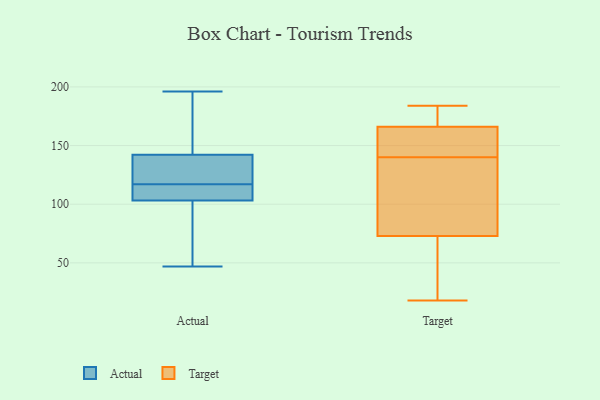
{"axis": {"x": "Latency (ms)", "y": "Value"}, "legend": ["Actual", "Target"], "data": [{"x": "", "y": 47, "type": "Actual"}, {"x": "", "y": 102, "type": "Actual"}, {"x": "", "y": 133, "type": "Actual"}, {"x": "", "y": 120, "type": "Actual"}, {"x": "", "y": 111, "type": "Actual"}, {"x": "", "y": 104, "type": "Actual"}, {"x": "", "y": 143, "type": "Actual"}, {"x": "", "y": 115, "type": "Actual"}, {"x": "", "y": 196, "type": "Actual"}, {"x": "", "y": 185, "type": "Actual"}, {"x": "", "y": 121, "type": "Actual"}, {"x": "", "y": 80, "type": "Actual"}, {"x": "", "y": 117, "type": "Actual"}, {"x": "", "y": 154, "type": "Actual"}, {"x": "", "y": 140, "type": "Actual"}, {"x": "", "y": 71, "type": "Actual"}, {"x": "", "y": 107, "type": "Actual"}, {"x": "", "y": 103, "type": "Actual"}, {"x": "", "y": 174, "type": "Actual"}, {"x": "", "y": 135, "type": "Target"}, {"x": "", "y": 147, "type": "Target"}, {"x": "", "y": 184, "type": "Target"}, {"x": "", "y": 145, "type": "Target"}, {"x": "", "y": 166, "type": "Target"}, {"x": "", "y": 18, "type": "Target"}, {"x": "", "y": 22, "type": "Target"}, {"x": "", "y": 169, "type": "Target"}, {"x": "", "y": 73, "type": "Target"}, {"x": "", "y": 119, "type": "Target"}]}